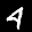
Digit: 4